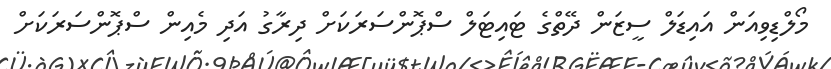
މޯލްޑިވިއަން އައިޑަލް ސީޒަން ދޭތްގެ ޓައިޓަލް ސްޕޮންސަރަކަށް ދިރާގު އަދި މެއިން ސްޕޮންސަރަކަށް